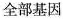
全部基因